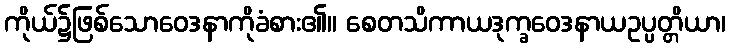
ကိုယ်၌ဖြစ်သောဝေဒနာကိုခံစား၏။ စေတသိကာယဒုက္ခဝေဒနာယဥပ္ပတ္တိယာ၊